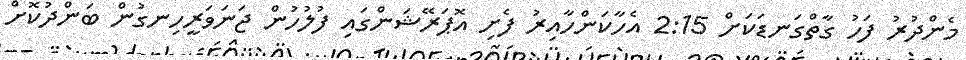
މެންދުރު ފަހު ގާތްގަނޑަކަށް 2:15 އެހާކަންހާއިރު ފެށި އޮޕަރޭޝަންގައި ފުލުހުން ޖަނަވަރީހިނގުން ބަންދުކޮށް